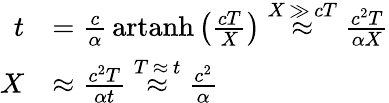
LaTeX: {\begin{array}{rl}{t}&{={\frac{c}{\alpha}}\operatorname{artanh}\left({\frac{cT}{X}}\right)\; {\overset{X\, \gg\, cT}{\approx}}\; {\frac{c^{2}T}{\alpha X}}}\\ {X}&{\approx{\frac{c^{2}T}{\alpha t}}\; {\overset{T\, \approx\, t}{\approx}}\; {\frac{c^{2}}{\alpha}}}\end{array}}